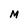
Character: M